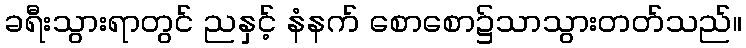
ခရီးသွားရာတွင် ညနှင့် နံနက် စောစော၌သာသွားတတ်သည်။